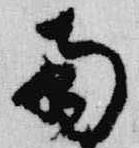
南